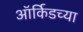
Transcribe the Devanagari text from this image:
ऑर्किडच्या